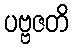
ပဗ္ဗဇတိ